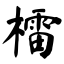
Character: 檑